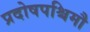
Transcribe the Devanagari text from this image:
प्रदोषपश्चिमौ